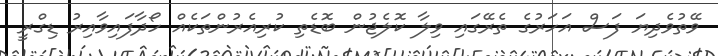
ވޭތުވެދިޔަ ފަސް އަހަރުގެ ތެރޭގައި ވިލާ ކޮލެޖުން ބޮޑެތި ކުރިއެރުންތަކެއް ހޯދާފައިވާއިރު ޑިގްރީ